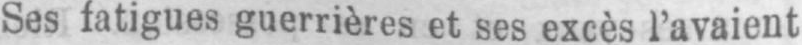
Ses fatigues guerrières et ses excès l’avaient